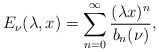
\begin{align*} E_\nu(\lambda,x)=\sum_{n=0}^\infty \frac{(\lambda x)^n}{b_n(\nu)}, \end{align*}